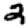
Digit: 2